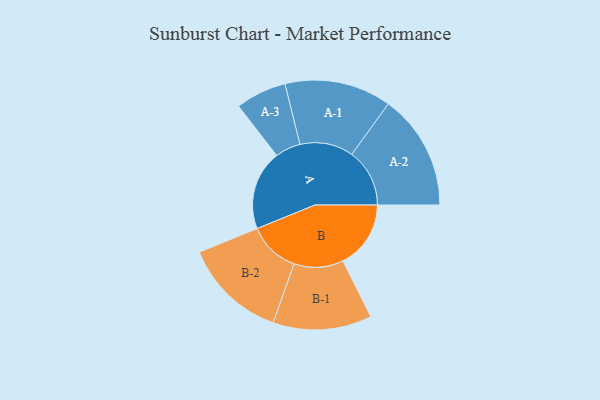
{"axis": {"x": "Segment", "y": "Value"}, "legend": ["", "A", "B"], "data": [{"x": "A", "y": 413, "type": ""}, {"x": "B", "y": 352, "type": ""}, {"x": "A-1", "y": 277, "type": "A"}, {"x": "A-2", "y": 300, "type": "A"}, {"x": "A-3", "y": 132, "type": "A"}, {"x": "B-1", "y": 256, "type": "B"}, {"x": "B-2", "y": 268, "type": "B"}]}